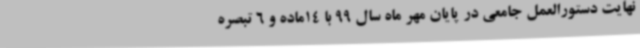
نهایت دستورالعمل جامعی در پایان مهر ماه سال 99 با 14ماده و 6 تبصره